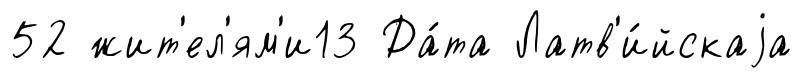
52 жит'ел'ям'и13 Да́та Латв'и́йскаjа